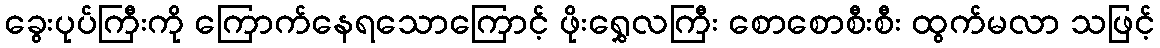
ခွေးပုပ်ကြီးကို ကြောက်နေရသောကြောင့် ဖိုးရွှေလကြီး စောစောစီးစီး ထွက်မလာ သဖြင့်